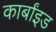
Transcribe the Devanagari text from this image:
कार्बांइड